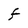
Character: F